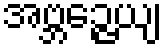
အဗ္ဘဉ္ဇေယျ